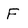
Character: F